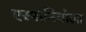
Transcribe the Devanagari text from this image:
एस्पानियोला